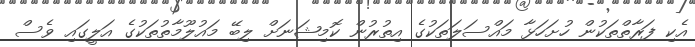
އެކި ފަރާތްތަކުން ހުށަހަޅާ މައްސަލަތަކުގެ އިތުރުން ކޮމިޝަނަށް ލިބޭ މައުލޫމާތުތަކުގެ އަލީގައި ވެސް